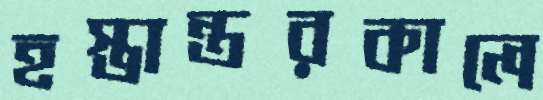
হস্তান্তরকালে